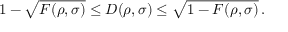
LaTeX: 1 - { \sqrt { F ( \rho , \sigma ) } } \leq D ( \rho , \sigma ) \leq { \sqrt { 1 - F ( \rho , \sigma ) } } \, .